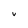
Character: V